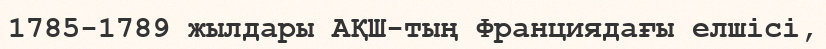
1785-1789 жылдары АҚШ-тың Франциядағы елшісі,